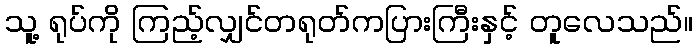
သူ့ ရုပ်ကို ကြည့်လျှင်တရုတ်ကပြားကြီးနှင့် တူလေသည်။